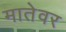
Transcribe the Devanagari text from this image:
मातेवर